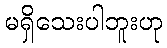
မရှိသေးပါဘူးဟု